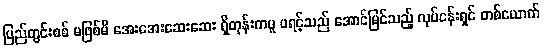
ပြည်တွင်းစစ် မဖြစ်မီ အေးအေးဆေးဆေး ရှိတုန်းကမူ ဖရင့်သည် အောင်မြင်သည့် လုပ်ငန်းရှင် တစ်ယောက်